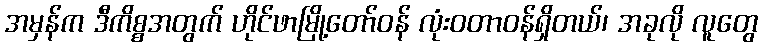
အမှန်က ဒီကိစ္စအတွက် ဟိုင်ဖာမြို့တော်ဝန် လုံးဝတာဝန်ရှိတယ်၊ အခုလို လူတွေ